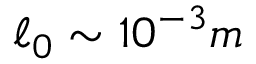
\ell _ { 0 } \sim 1 0 ^ { - 3 } m